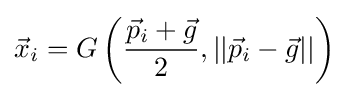
{\vec {x}}_{i}=G\left({\frac {{\vec {p}}_{i}+{\vec {g}}}{2}},||{\vec {p}}_{i}-{\vec {g}}||\right)